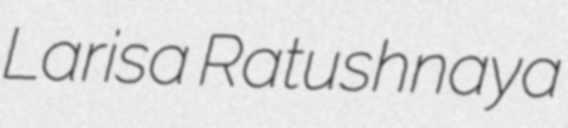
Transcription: Larisa Ratushnaya